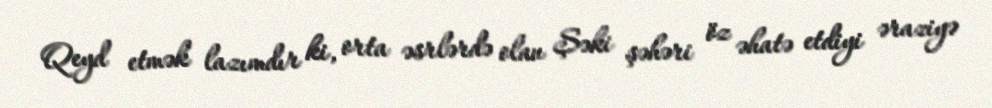
Qeyd etmək lazımdır ki, orta əsrlərdə olan Şəki şəhəri öz əhatə etdiyi əraziyə